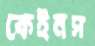
কেইনস